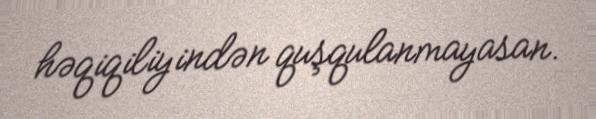
həqiqiliyindən quşqulanmayasan.